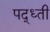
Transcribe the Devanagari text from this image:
पद्ध्ती